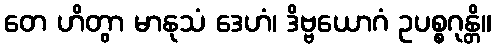
တေ ဟိတွာ မာနုသံ ဒေဟံ၊ ဒိဗ္ဗယောဂံ ဥပစ္စဂုန္တိ။